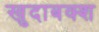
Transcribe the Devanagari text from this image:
खुदाबक्‍श